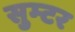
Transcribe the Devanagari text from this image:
सुम्टर